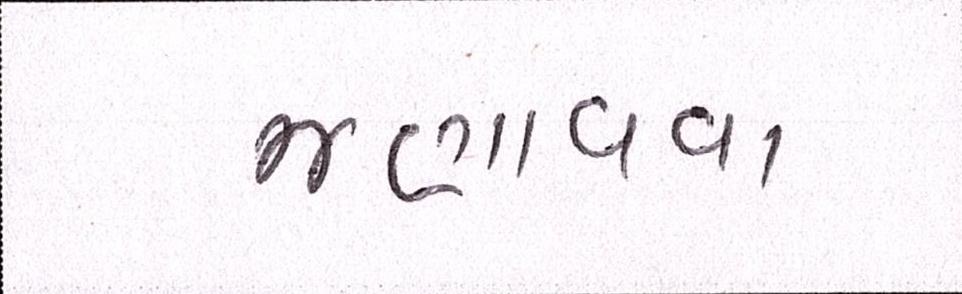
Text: જણાવવા